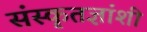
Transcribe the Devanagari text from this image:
संस्कृतज्ञांशी